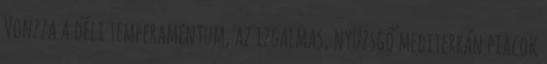
Vonzza a déli temperamentum, az izgalmas, nyüzsgő mediterrán piacok